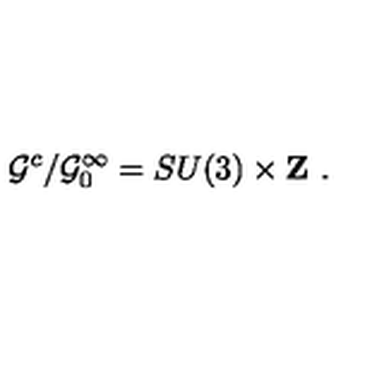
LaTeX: { \cal G } ^ { c } / { \cal G } _ { 0 } ^ { \infty } = S U ( 3 ) \times { \bf Z \ } .